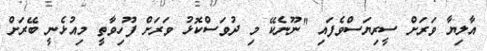
އާލިޔާ ވަރަށް ސީރިޔަސްވެފައި "ނޫނެކޭ މި ދުވަސްކޮޅު ވަރަށް ފޫހިވާތީ މިއުޅެނީ ބޭރަށް